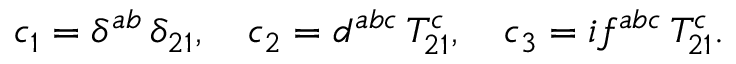
c _ { 1 } = \delta ^ { a b } \, \delta _ { 2 1 } , \quad c _ { 2 } = d ^ { a b c } \, T _ { 2 1 } ^ { c } , \quad c _ { 3 } = i f ^ { a b c } \, T _ { 2 1 } ^ { c } .